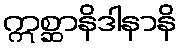
ဣစ္ဆာနိဒါနာနိ